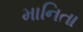
માનિતા